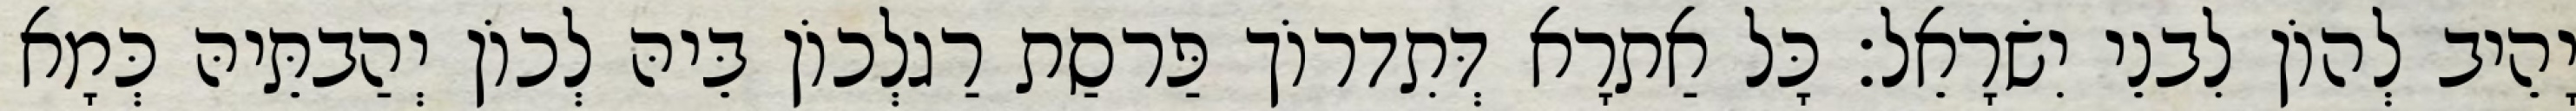
יָהֵיב לְהוֹן לִבנֵי יִשׂרָאֵל׃ כָּל אַתרָא דְּתִדרוֹך פַּרסַת רַגלְכוֹן בֵּיהּ לְכוֹן יְהַבתֵּיהּ כְּמָא